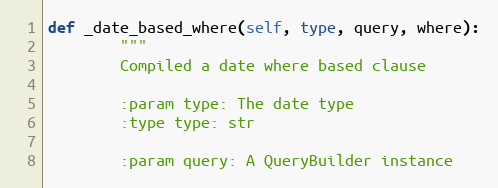
Language: Python
def _date_based_where(self, type, query, where):
        """
        Compiled a date where based clause

        :param type: The date type
        :type type: str

        :param query: A QueryBuilder instance